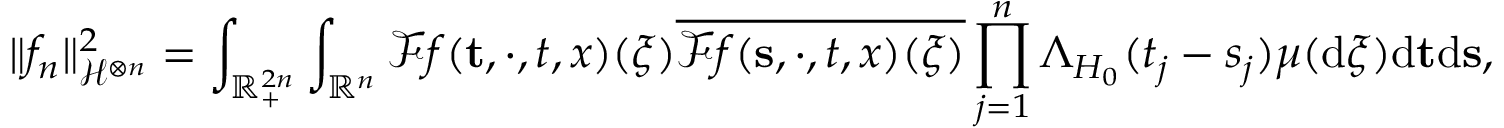
\Vert f _ { n } \Vert _ { \mathcal { H } ^ { \otimes n } } ^ { 2 } = \int _ { \mathbb { R } _ { + } ^ { 2 n } } \int _ { \mathbb { R } ^ { n } } \mathcal { F } f ( \mathbf { t } , \cdot , t , x ) ( \boldsymbol \xi ) \overline { { \mathcal { F } f ( \mathbf { s } , \cdot , t , x ) ( \boldsymbol \xi ) } } \prod _ { j = 1 } ^ { n } \Lambda _ { H _ { 0 } } ( t _ { j } - s _ { j } ) \boldsymbol \mu ( \ensuremath { \mathrm { d } } \boldsymbol \xi ) \ensuremath { \mathrm { d } } \mathbf { t } \ensuremath { \mathrm { d } } \mathbf { s } ,